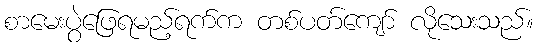
စာမေးပွဲဖြေရမည့်ရက်က တစ်ပတ်ကျော် လိုသေးသည်။